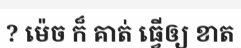
? ម៉េច ក៏ គាត់ ធ្វើឲ្យ ខាត